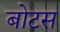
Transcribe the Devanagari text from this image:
बोटस